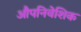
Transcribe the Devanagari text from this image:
औपनिवेशिक